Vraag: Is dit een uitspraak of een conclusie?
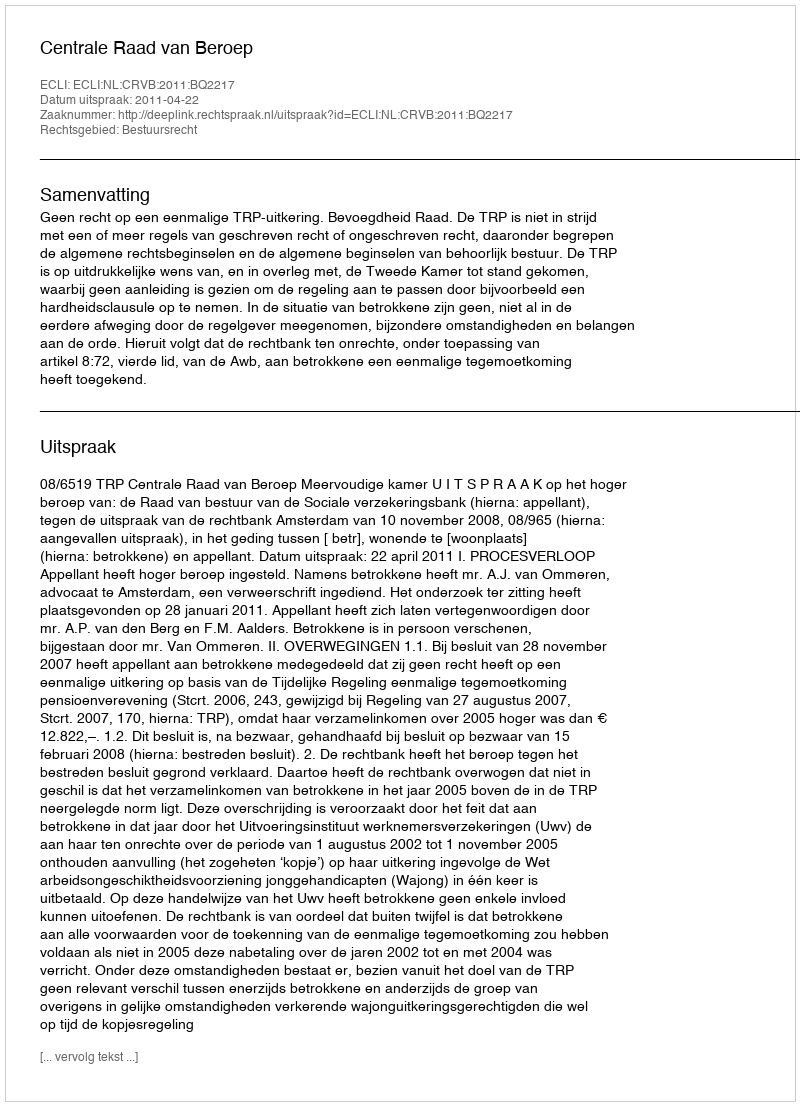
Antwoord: Uitspraak